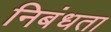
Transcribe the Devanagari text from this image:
निबंधता